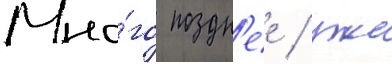
Мно́го поздн'ее / уже